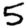
Digit: 5